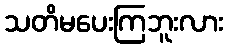
သတိမပေးကြဘူးလား